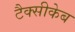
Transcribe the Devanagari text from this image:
टैक्सीकेब